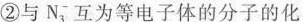
②与N^{-}_{3}，互为等电子体的分子的化